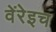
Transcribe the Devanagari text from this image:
वेंरेइच